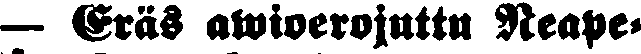
— Eräs awioerojuttu Neape-